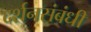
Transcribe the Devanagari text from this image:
दर्शनसंबंधी